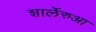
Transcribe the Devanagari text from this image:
शार्लेरुआ